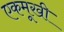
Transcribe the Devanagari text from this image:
एकमूखी